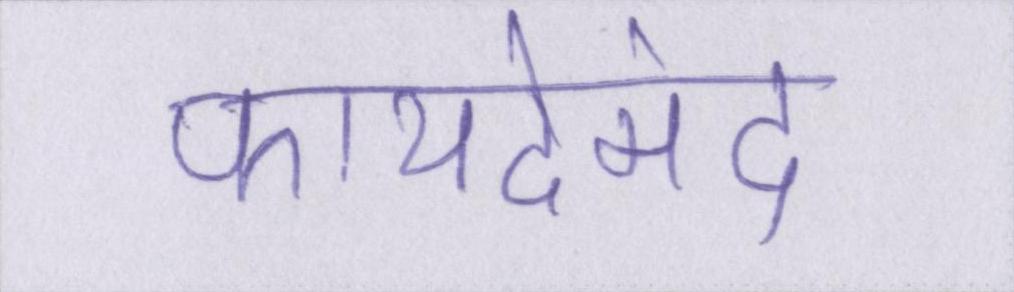
फायदेमंद